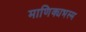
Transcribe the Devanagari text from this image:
माणिक्यभस्म